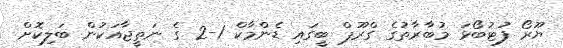
ޔޫރޯ ފުޓުބޯޅަ މުބާރާތުގެ ގްރޫޕް ބީގައި ޑެންމާކް 1-2 ގެ ނަތީޖާއަކުން ބަލިކޮށް